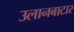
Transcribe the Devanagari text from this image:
उलानबाटार